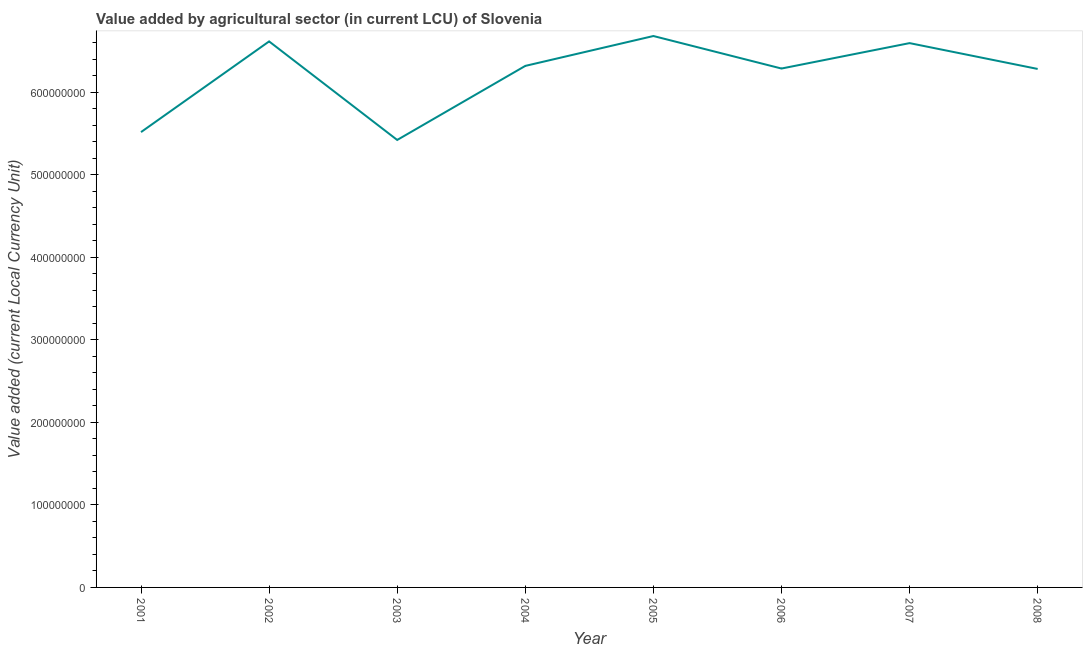
| Year | Agriculture |
 | --- | --- |
 | 2001 | 5.51e+08 |
 | 2002 | 6.61e+08 |
 | 2003 | 5.42e+08 |
 | 2004 | 6.32e+08 |
 | 2005 | 6.68e+08 |
 | 2006 | 6.28e+08 |
 | 2007 | 6.59e+08 |
 | 2008 | 6.28e+08 |